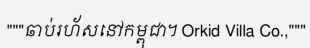
"""ឆាប់រហ័សនៅកម្ពុជា។ Orkid Villa Co.,"""